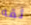
ثقه